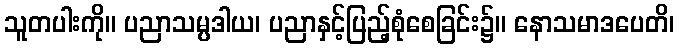
သူတပါးကို။ ပညာသမ္ပဒါယ၊ ပညာနှင့်ပြည့်စုံစေခြင်း၌။ နောသမာဒပေတိ၊